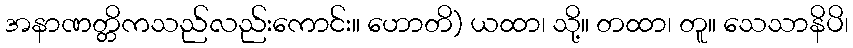
အနာဏတ္တိကသည်လည်းကောင်း။ ဟောတိ) ယထာ၊ သို့။ တထာ၊ တူ။ သေသာနိပိ၊